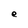
Character: e